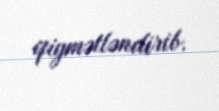
qiymətləndirib.